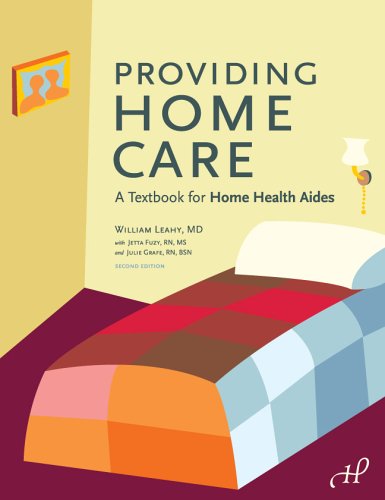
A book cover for Providing Home Care: A Textbook for Home Health Aides; William Leahy MD; Medical Books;